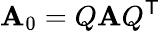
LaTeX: \mathbf{A}_{0}=Q\mathbf{A}Q^{\mathsf{{T}}}